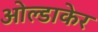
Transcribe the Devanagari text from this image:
ओल्डाकेर